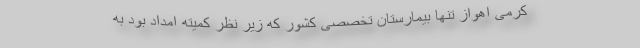
کرمی اهواز تنها بیمارستان تخصصی کشور که زیر نظر کمیته امداد بود به